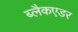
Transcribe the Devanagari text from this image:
ब्लैकएडर